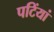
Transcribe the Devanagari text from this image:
पटिंयां